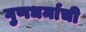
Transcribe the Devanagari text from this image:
गुणधर्माची